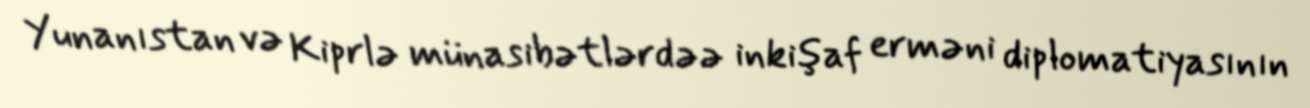
Yunanıstan və Kiprlə münasibətlərdəə inkişaf erməni diplomatiyasının